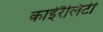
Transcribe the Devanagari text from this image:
काईरैलिटी